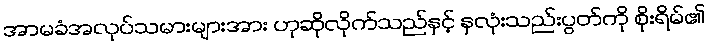
အာမခံအလုပ်သမားများအား ဟုဆိုလိုက်သည်နှင့် နှလုံးသည်းပွတ်ကို စိုးရိမ်၏